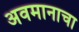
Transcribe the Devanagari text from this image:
अवमानाचा